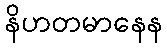
နိဟတမာနေန